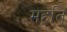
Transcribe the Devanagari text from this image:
महति